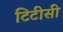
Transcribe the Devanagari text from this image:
टिटीसी